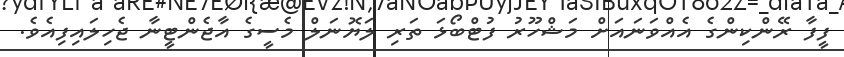
ފީފާ ރޭންކިންގެ އެއްވަނައަށް މަޝްހޫރު ފުޓްބޯޅަ ތަރި ލަޔޮނަލް މެސީގެ އާޖެންޓީނާ ޖެހިލައިފިއެވެ.